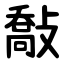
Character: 敽